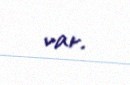
var.